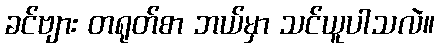
ခင်ဗျား တရုတ်စာ ဘယ်မှာ သင်ယူပါသလဲ။